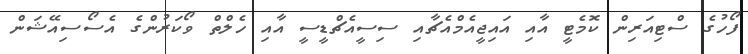
ފޯހުގެ ސްޓިއަރިން ކޮމެޓީ އާއި އައިޖީއެމްއެޗާއި ސިސީއެޗްޑީސީ އާއި ހެލްތް ވޯކަރުންގެ އެސޯސިއޭޝަން